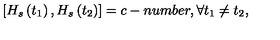
\left[ H _ { s } \left( t _ { 1 } \right) , H _ { s } \left( t _ { 2 } \right) \right] = c - n u m b e r , \forall t _ { 1 } \neq t _ { 2 } ,